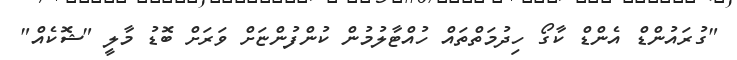
"ގުރައުންޑް އެންޑް ކާގޯ ހިދުމަތްތައް ހުއްޓާލުމުން ކުންފުންޏަށް ވަރަށް ބޮޑު މާލީ "ޝޮކެއް"